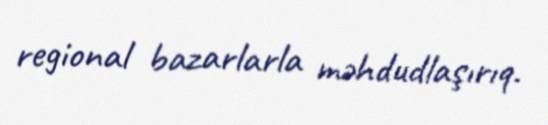
regional bazarlarla məhdudlaşırıq.